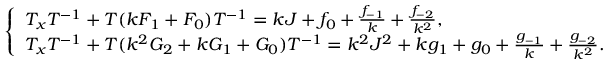
\begin{array} { r } { \left\{ \begin{array} { l l } { T _ { x } T ^ { - 1 } + T ( k F _ { 1 } + F _ { 0 } ) T ^ { - 1 } = k J + f _ { 0 } + \frac { f _ { - 1 } } { k } + \frac { f _ { - 2 } } { k ^ { 2 } } , } \\ { T _ { x } T ^ { - 1 } + T ( k ^ { 2 } G _ { 2 } + k G _ { 1 } + G _ { 0 } ) T ^ { - 1 } = k ^ { 2 } J ^ { 2 } + k g _ { 1 } + g _ { 0 } + \frac { g _ { - 1 } } { k } + \frac { g _ { - 2 } } { k ^ { 2 } } . } \end{array} \right. } \end{array}